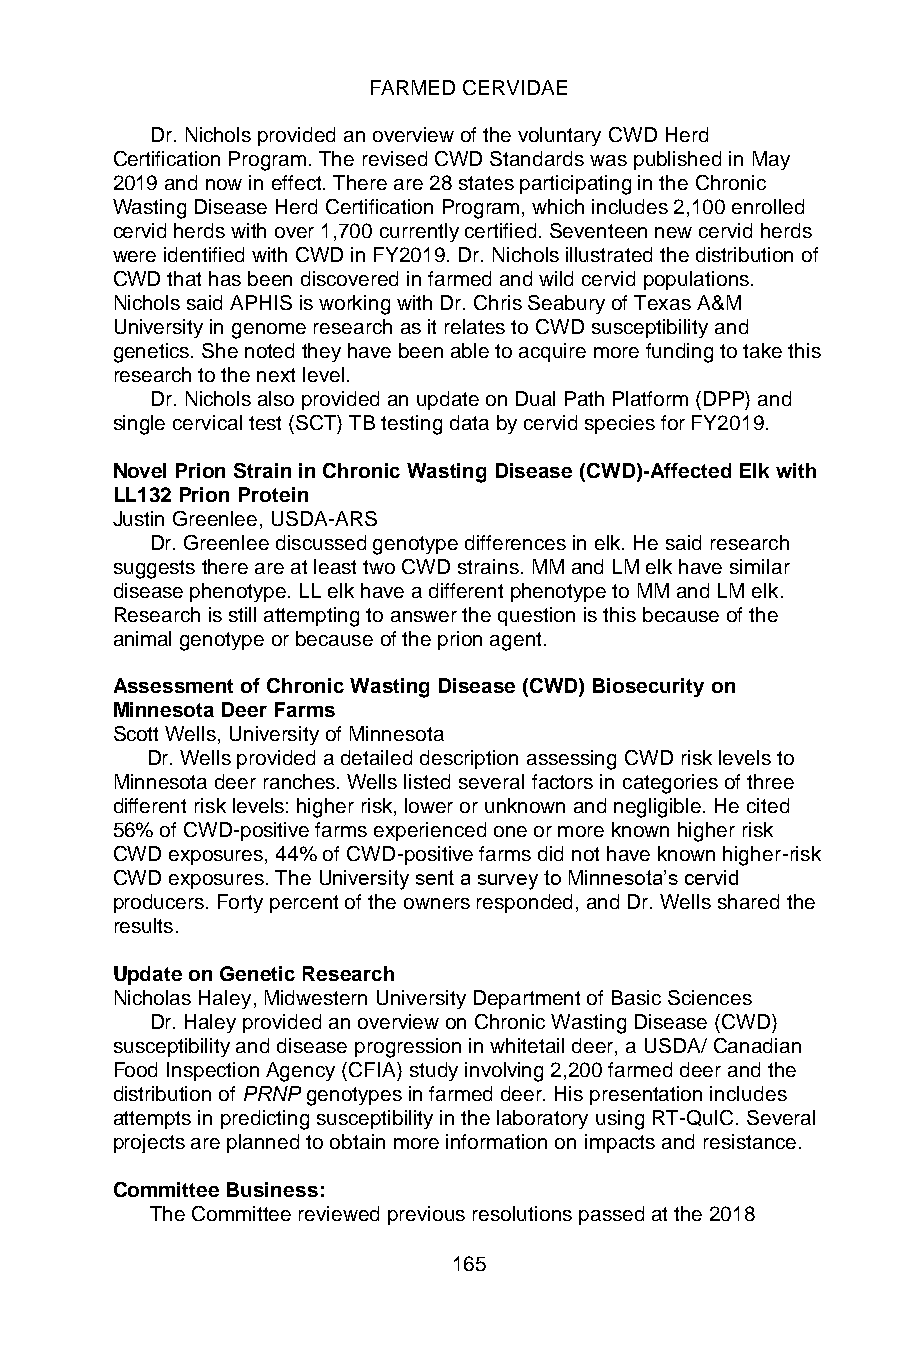
FARMED CERVIDAE
 Dr. Nichols provided an overview of the voluntary CWD Herd
 Certification Program. The revised CWD Standards was published in May
 2019 and now in effect. There are 28 states participating in the Chronic
 Wasting Disease Herd Certification Program, which includes 2,100 enrolled
 cervid herds with over 1,700 currently certified. Seventeen new cervid herds
 were identified with CWD in FY2019. Dr. Nichols illustrated the distribution of
 CWD that has been discovered in farmed and wild cervid populations.
 Nichols said APHIS is working with Dr. Chris Seabury of Texas A&M
 University in genome research as it relates to CWD susceptibility and
 genetics. She noted they have been able to acquire more funding to take this
 research to the next level.
 Dr. Nichols also provided an update on Dual Path Platform (DPP) and
 single cervical test (SCT) TB testing data by cervid species for FY2019.
 Novel Prion Strain in Chronic Wasting Disease (CWD)-Affected Elk with
 LL132 Prion Protein
 Justin Greenlee, USDA-ARS
 Dr. Greenlee discussed genotype differences in elk. He said research
 suggests there are at least two CWD strains. MM and LM elk have similar
 disease phenotype. LL elk have a different phenotype to MM and LM elk.
 Research is still attempting to answer the question is this because of the
 animal genotype or because of the prion agent.
 Assessment of Chronic Wasting Disease (CWD) Biosecurity on
 Minnesota Deer Farms
 Scott Wells, University of Minnesota
 Dr. Wells provided a detailed description assessing CWD risk levels to
 Minnesota deer ranches. Wells listed several factors in categories of three
 different risk levels: higher risk, lower or unknown and negligible. He cited
 56% of CWD-positive farms experienced one or more known higher risk
 CWD exposures, 44% of CWD-positive farms did not have known higher-risk
 CWD exposures. The University sent a survey to Minnesota’s cervid
 producers. Forty percent of the owners responded, and Dr. Wells shared the
 results.
 Update on Genetic Research
 Nicholas Haley, Midwestern University Department of Basic Sciences
 Dr. Haley provided an overview on Chronic Wasting Disease (CWD)
 susceptibility and disease progression in whitetail deer, a USDA/ Canadian
 Food Inspection Agency (CFIA) study involving 2,200 farmed deer and the
 distribution of PRNP genotypes in farmed deer. His presentation includes
 attempts in predicting susceptibility in the laboratory using RT-QuIC. Several
 projects are planned to obtain more information on impacts and resistance.
 Committee Business:
 The Committee reviewed previous resolutions passed at the 2018
 165